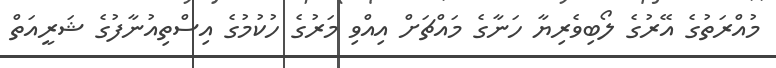
މުއްރަތުގެ އޭރުގެ ލޯބިވެރިޔާ ހަނާގެ މައްޗަށް އިއްވި މަރުގެ ހުކުމުގެ އިސްތިއުނާފުގެ ޝަރީއަތް